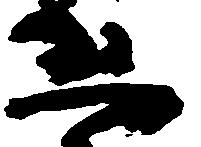
恐